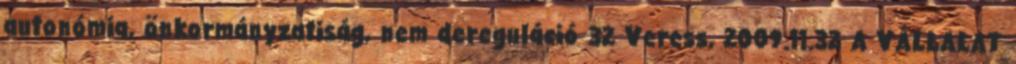
autonómia, önkormányzatiság, nem dereguláció 32 Veress, 2009.11.32 A VÁLLALAT